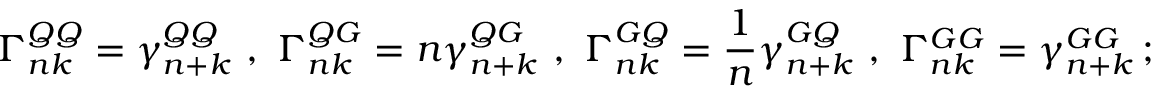
\Gamma _ { n k } ^ { Q Q } = \gamma _ { n + k } ^ { Q Q } \ , \ \Gamma _ { n k } ^ { Q G } = n \gamma _ { n + k } ^ { Q G } \ , \ \Gamma _ { n k } ^ { G Q } = \frac { 1 } { n } \gamma _ { n + k } ^ { G Q } \ , \ \Gamma _ { n k } ^ { G G } = \gamma _ { n + k } ^ { G G } \, ;